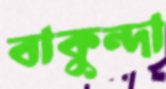
বাকুন্দা